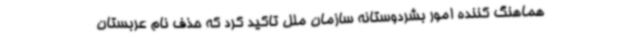
هماهنگ کننده امور بشردوستانه سازمان ملل تاکید کرد که حذف نام عربستان